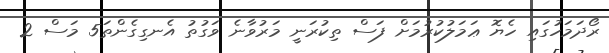
ރޯދަމަހުގައި ހެޔޮ ޢަމަލުކުރުމަށް ފަސް ތިކުރަނީ މަރުވާނެ ވަގުތު އެނގިގެންތަ5 މަސް 2